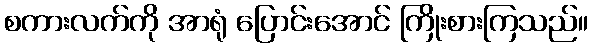
စကားလက်ကို အာရုံ ပြောင်းအောင် ကြိုးစားကြသည်။